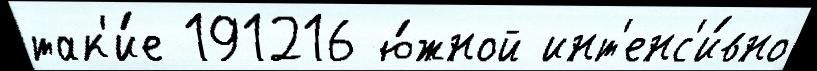
так'и́е 191216 ю́жной инт'енс'и́вно